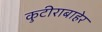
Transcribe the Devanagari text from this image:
कुटीराबाहेर